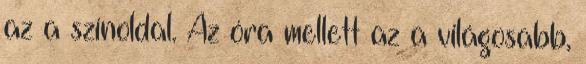
az a színoldal. Az óra mellett az a világosabb,